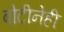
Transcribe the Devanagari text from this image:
बोटीनेही